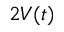
2 V ( t )